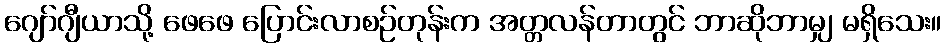
ဂျော်ဂျီယာသို့ ဖေဖေ ပြောင်းလာစဉ်တုန်းက အတ္တလန်တာတွင် ဘာဆိုဘာမျှ မရှိသေး။